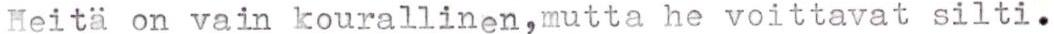
Heitä on vain kourallinen,mutta he voittavat silti.